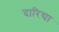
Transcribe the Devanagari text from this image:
दारिद्या